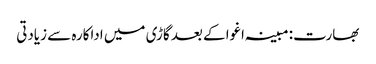
بھارت: مبینہ اغوا کے بعد گاڑی میں اداکارہ سے زیادتی